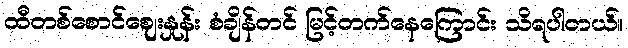
ထီတစ်စောင်ဈေးနှုန်း စံချိန်တင် မြင့်တက်နေကြောင်း သိရပါတယ်။